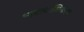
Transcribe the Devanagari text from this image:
भावार्थाधिकरण